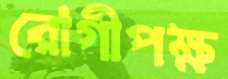
রোগীপক্ষ